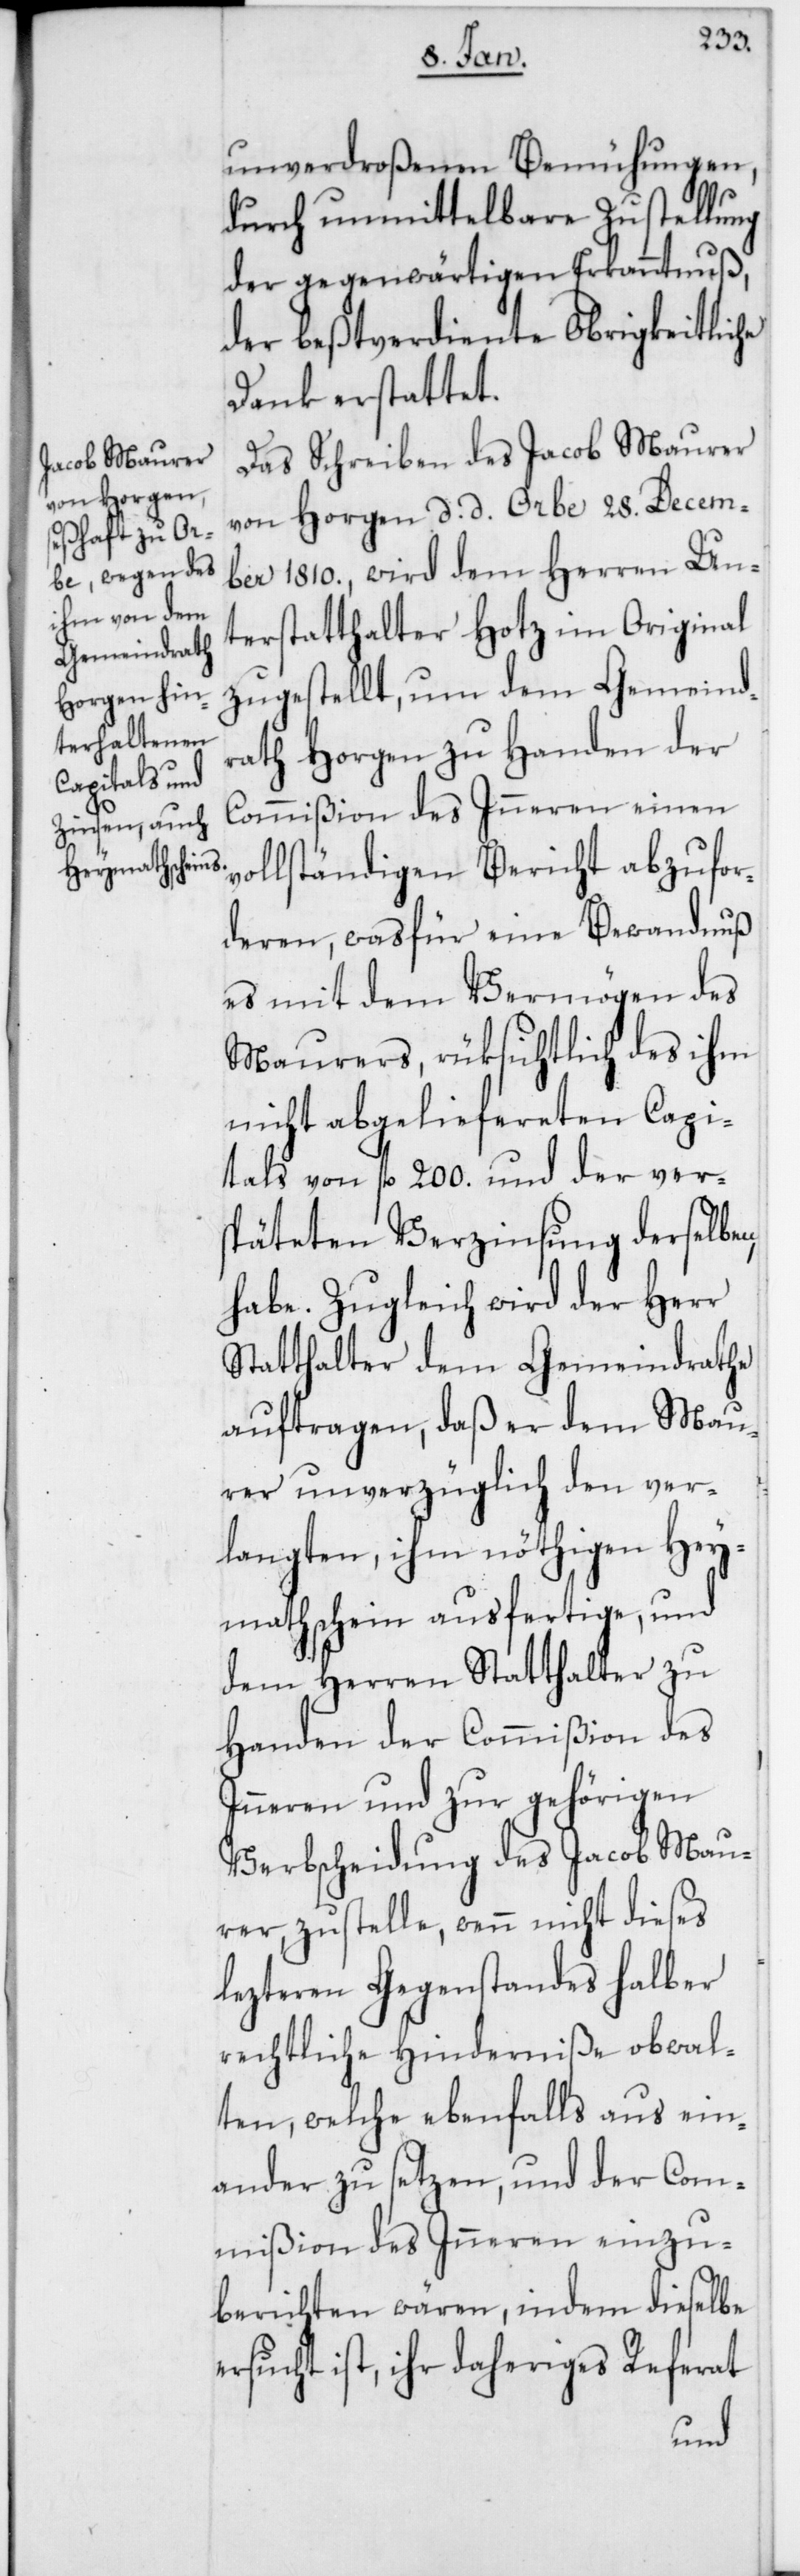
unverdroßenen Bemühungen,
durch unmittelbare Zustellung
der gegenwärtigen Erkanntnuß,
der bestverdiente Obrigkeitliche
Dank erstattet.
Das Schreiben des Jacob Maurer
von Horgen, d. d. Orbe 28. Decem¬
ber 1810., wird dem Herren Un¬
terstatthalter Hotz im Original
zugestellt, um dem Gemeind¬
rath Horgen zu Handen der
Commißion des Inneren einen
vollständigen Bericht abzufor¬
deren, was für eine Bewandnuß
es mit dem Vermögen des
Maurers, rüksichtlich des ihm
nicht abgeliefereten Capi¬
tals von fl. 200. und der ver¬
späteten Verzinsung derselben
habe. Zugleich wird der Herr
Statthalter dem Gemeindrathe
auftragen, daß er dem Mau¬
rer unverzüglich den ver¬
langten, ihm nöthigen Hey¬
mathschein ausfertige, und
dem Herren Statthalter zu
Handen der Commißion des
Inneren und zur gehörigen
Verbscheidung des Jacob Mau¬
rer zustelle, wenn nicht dieses
lezteren Gegenstandes halber
rechtliche Hinderniße obwal¬
ten, welche ebenfalls aus ein¬
ander zu setzen, und der Com¬
mißion des Inneren einzu¬
berichten wären, indem dieselbe
ersucht ist, ihr daheriges Referat